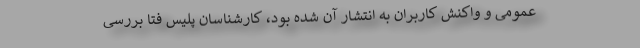
عمومی و واکنش کاربران به انتشار آن شده بود، کارشناسان پلیس فتا بررسی